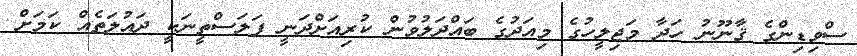
ސްވިޑިންގެ ޤާނޫނު ހަދާ މަޖިލީހުގެ މިއަދުގެ ބައްދަލުވުން ކުރިއަށްދަނީ ފަލަސްތީނަކީ ދައުލަތެއް ކަމަށް